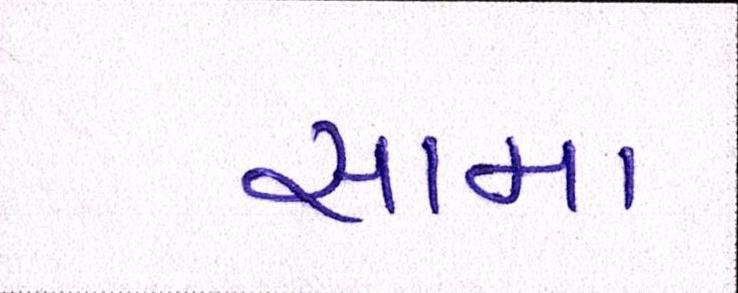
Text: સામા